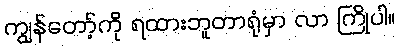
ကျွန်တော့်ကို ရထားဘူတာရုံမှာ လာ ကြိုပါ။